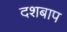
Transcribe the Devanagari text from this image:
दशबाप